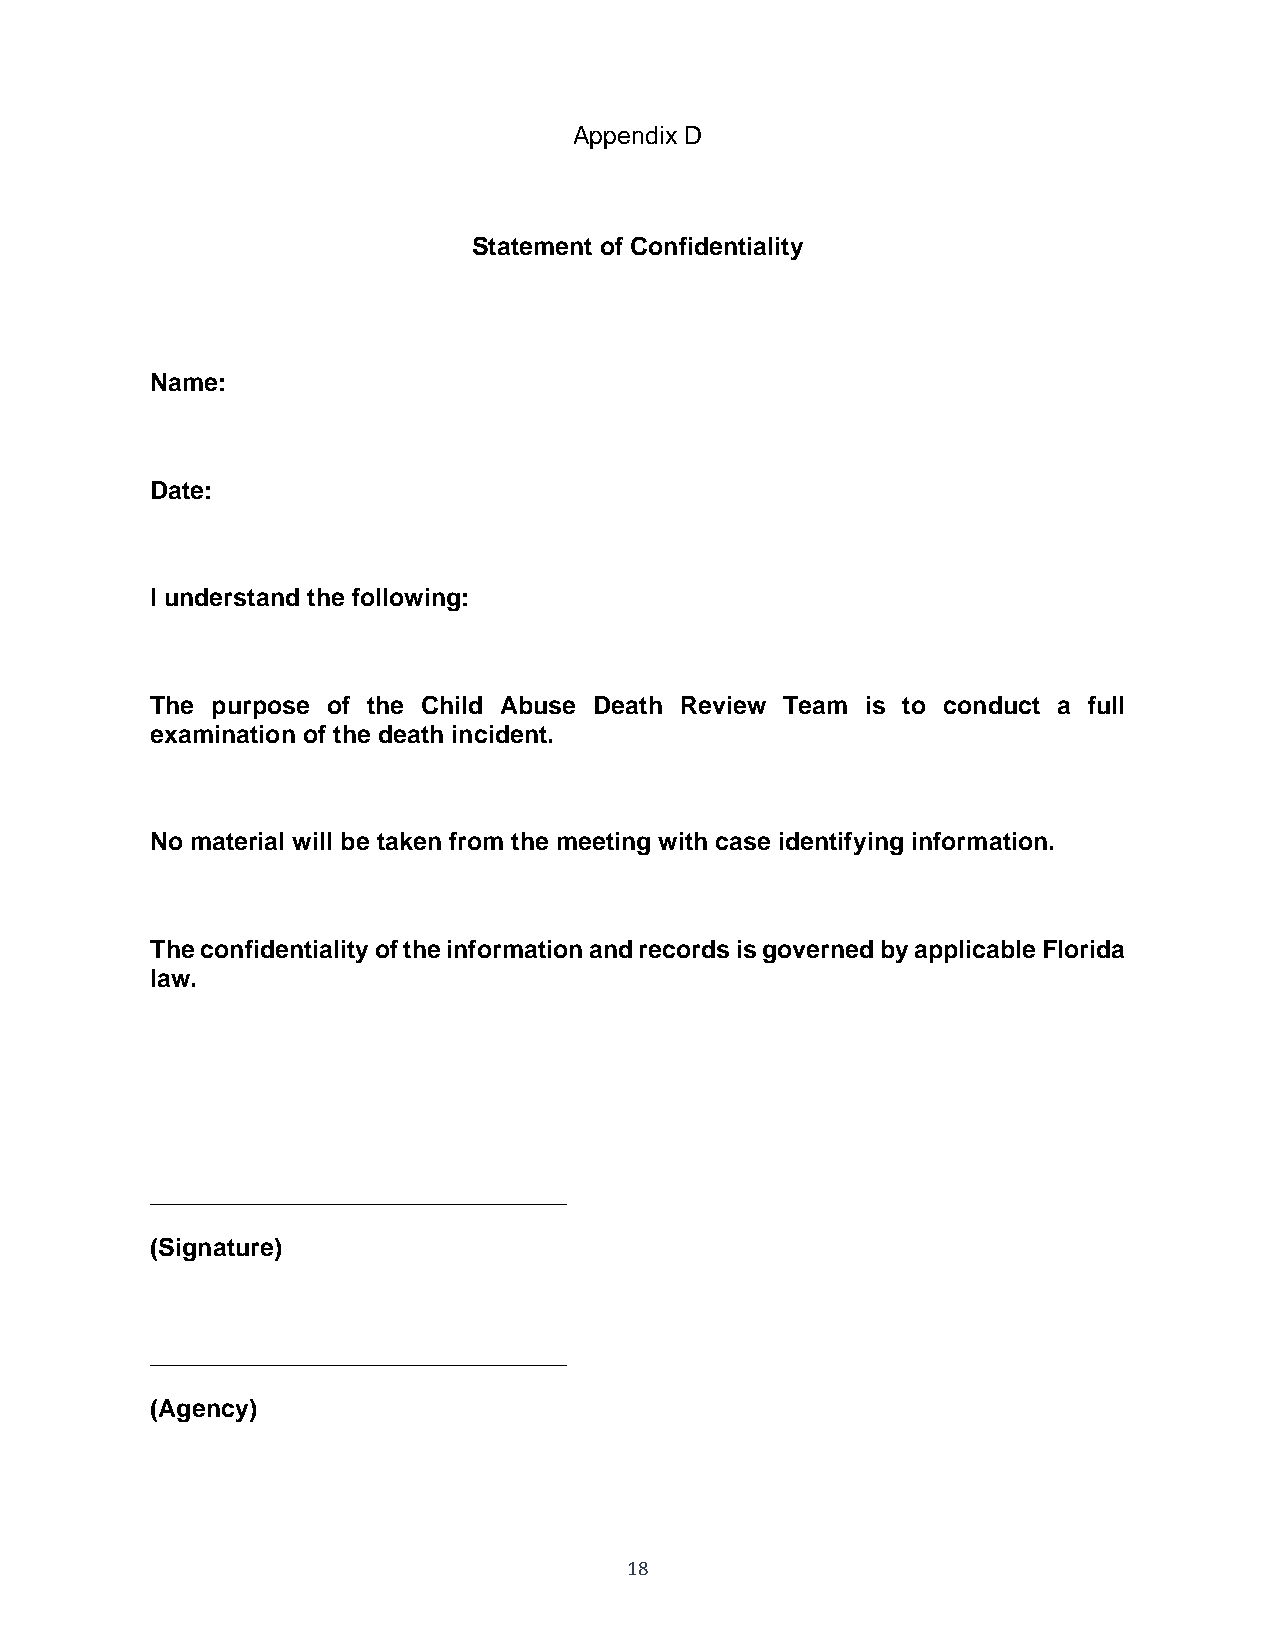
Appendix D
 Statement of Confidentiality
 Name:
 Date:
 I understand the following:
 The purpose of the Child Abuse Death Review Team is to conduct a full
 examination of the death incident.
 No material will be taken from the meeting with case identifying information.
 The confidentiality of the information and records is governed by applicable Florida
 law.
 ______________________________
 (Signature)
 ______________________________
 (Agency)
 18